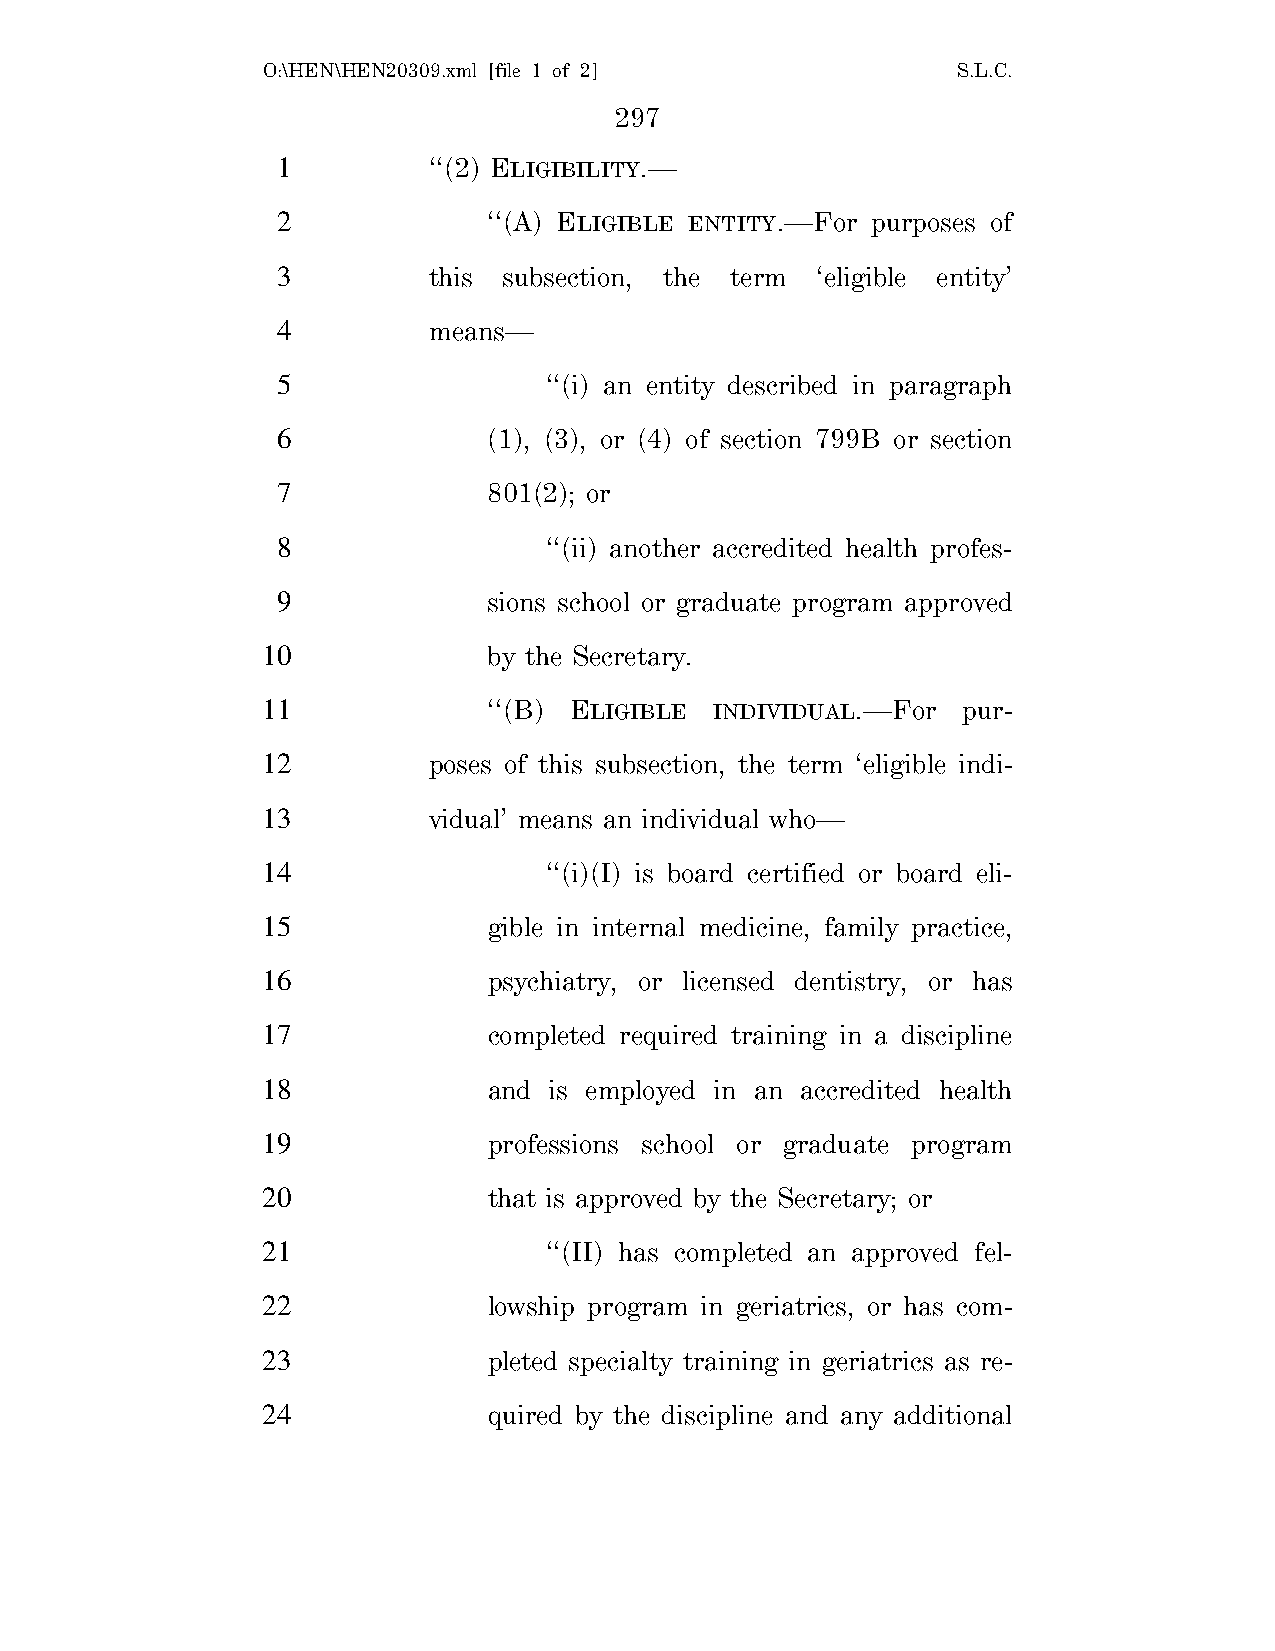
O:\HEN\HEN20309.xml [file 1 of 2]             S.L.C.
 297
 1         ‘‘(2) ELIGIBILITY.—
 2             ‘‘(A) ELIGIBLE ENTITY.—For purposes of
 3         this subsection, the term ‘eligible entity’
 4         means—
 5                 ‘‘(i) an entity described in paragraph
 6             (1), (3), or (4) of section 799B or section
 7             801(2); or
 8                 ‘‘(ii) another accredited health profes-
 9             sions school or graduate program approved
 10             by the Secretary.
 11             ‘‘(B) ELIGIBLE INDIVIDUAL.—For  pur-
 12         poses of this subsection, the term ‘eligible indi-
 13         vidual’ means an individual who—
 14                 ‘‘(i)(I) is board certified or board eli-
 15             gible in internal medicine, family practice,
 16             psychiatry, or licensed dentistry, or has
 17             completed required training in a discipline
 18             and is employed in an accredited health
 19             professions school or graduate program
 20             that is approved by the Secretary; or
 21                 ‘‘(II) has completed an approved fel-
 22             lowship program in geriatrics, or has com-
 23             pleted specialty training in geriatrics as re-
 24             quired by the discipline and any additional